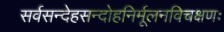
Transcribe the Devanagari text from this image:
सर्वसन्देहसन्दोहनिर्मूलनविचक्षणः